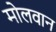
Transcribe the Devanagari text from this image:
मोलवान